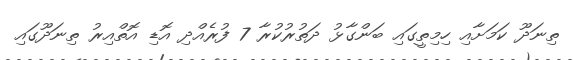
ތިނަދޫ ކަމަށާއި ހިމިތީގައި ބަންގާޅު ދަތުރުކުރާ 7 ފުރެއްދި އޮޑި އޮތްއިރު ތިނަދޫގައި